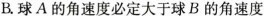
B.球A的角速度必定大于球B的角速度